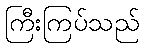
ကြီးကြပ်သည်